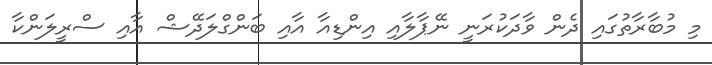
މި މުބާރާތުގައި ދެން ވާދަކުރަނީ ނޭޕާލާއި އިންޑިއާ އާއި ބަންގްލަދޭޝް އާއި ސްރީލަންކާ